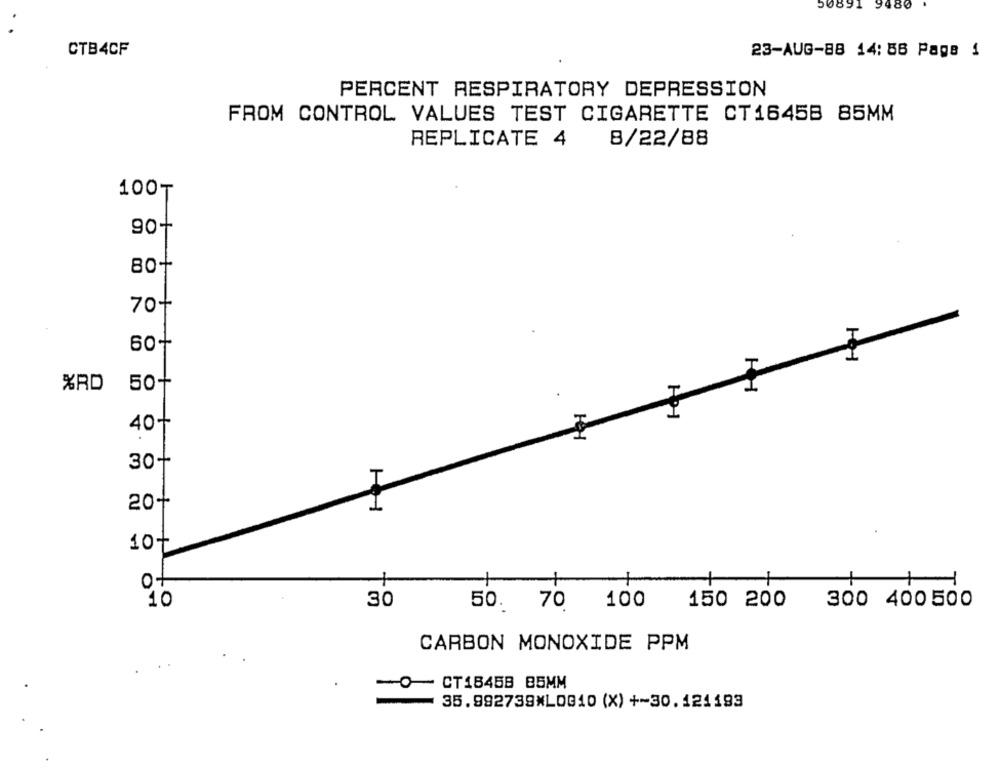
50891 9480
CTB4CF
23-AUG-88 14: 56 Page 1
PERCENT RESPIRATORY DEPRESSION
FROM CONTROL VALUES TEST CIGARETTE CT16458 85MM
REPLICATE 4
8/22/88
100T
90+
80+
70+
60+
50+
%RD
40+
30+
20+
10+
0+
10
30
50.
70
100
150 200
300 400 500
CARBON MONOXIDE PPM
CT1845B 85MM
-o-
35.992739*LOG10 (X) +-30.121193